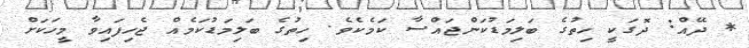
* ދޭއް: ދޮގަކީ ހިތުގެ ބަލިމަޑުކަންޖައްސާ ކަމެކެވެ. ހިތުގެ ބަލިމަޑުކަމެއް ޖެހިފައިވާ މީހަކަށް